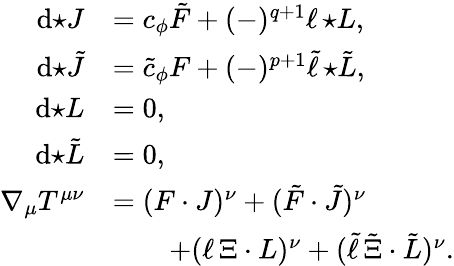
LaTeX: \begin{array}{rl}{\mathrm{d}{\star J}}&{=c_{\phi}\tilde{F}+(-)^{q+1}\ell\, {\star L},}\\ {\mathrm{d}{\star\tilde{J}}}&{=\tilde{c}_{\phi}F+(-)^{p+1}\tilde{\ell}\, {\star\tilde{L}},}\\ {\mathrm{d}{\star L}}&{=0,}\\ {\mathrm{d}{\star\tilde{L}}}&{=0,}\\ {\nabla_{\mu}T^{\mu\nu}}&{=(F\cdot J)^{\nu}+(\tilde{F}\cdot\tilde{J})^{\nu}}\\ &{\qquad+(\ell\, \Xi\cdot L)^{\nu}+(\tilde{\ell}\, \tilde{\Xi}\cdot\tilde{L})^{\nu}.}\end{array}